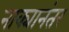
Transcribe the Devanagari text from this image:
नाक्यानंतर